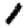
Digit: 1